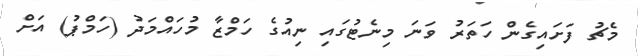
މެޗު ފަަށައިގެން ހަތަރު ވަނަ މިނެޓުގައި ނިއުގެ ހަމްޒާ މުހައްމަދު (ހަމްޕު) އަށް